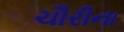
ચૌરીના